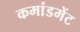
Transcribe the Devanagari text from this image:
कमांडमेंट